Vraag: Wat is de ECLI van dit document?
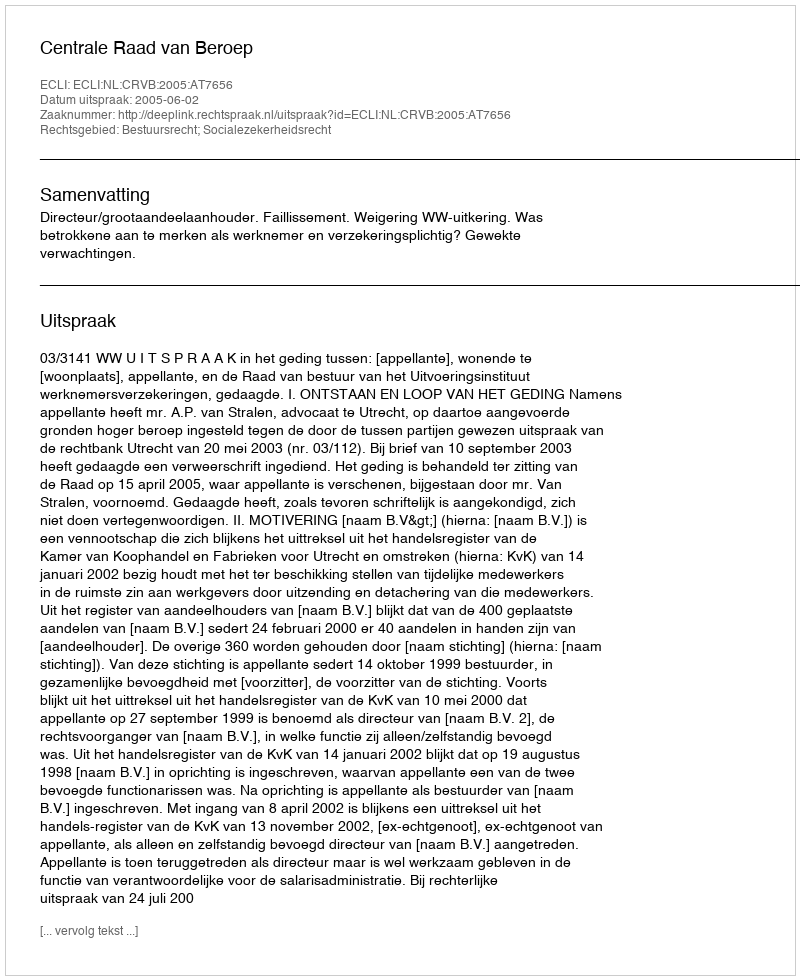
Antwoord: ECLI:NL:CRVB:2005:AT7656